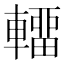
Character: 𰹤